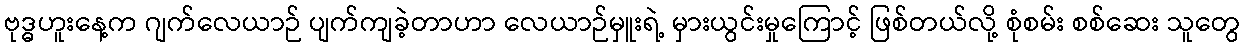
ဗုဒ္ဓဟူးနေ့က ဂျက်လေယာဉ် ပျက်ကျခဲ့တာဟာ လေယာဉ်မှူးရဲ့ မှားယွင်းမှုကြောင့် ဖြစ်တယ်လို့ စုံစမ်း စစ်ဆေး သူတွေ